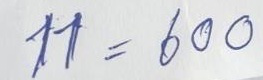
11 = 600